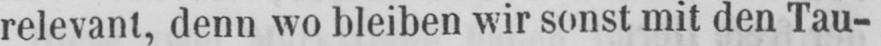
relevant, denn wo bleiben wir sonst mit den Tau-